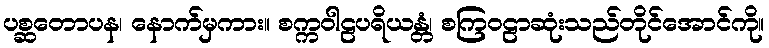
ပစ္ဆတောပန၊ နောက်မှကား။ စက္ကဝါဠပရိယန္တံ၊ စကြဝဠာဆုံးသည်တိုင်အောင်ကို။